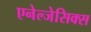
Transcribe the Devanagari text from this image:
एनेल्जेसिक्स